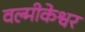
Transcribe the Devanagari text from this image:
वल्मीकेश्वर